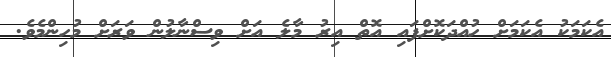
އެކަމަކު އެކަމަށް ހުއްދަކޮށްފައި އޮތް އިރު މާލެ އަށް ވިސްނާލުން ވަރަށް މުހިންމެވެ.